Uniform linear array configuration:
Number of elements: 32
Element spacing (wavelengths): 1
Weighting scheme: hann
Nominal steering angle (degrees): -45
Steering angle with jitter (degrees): -43.934
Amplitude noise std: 0.05
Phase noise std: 0.05

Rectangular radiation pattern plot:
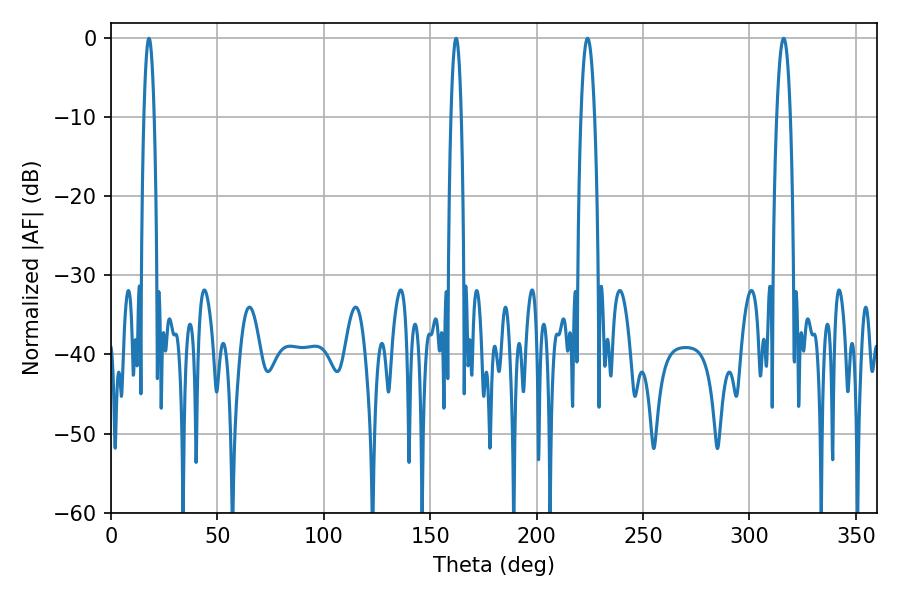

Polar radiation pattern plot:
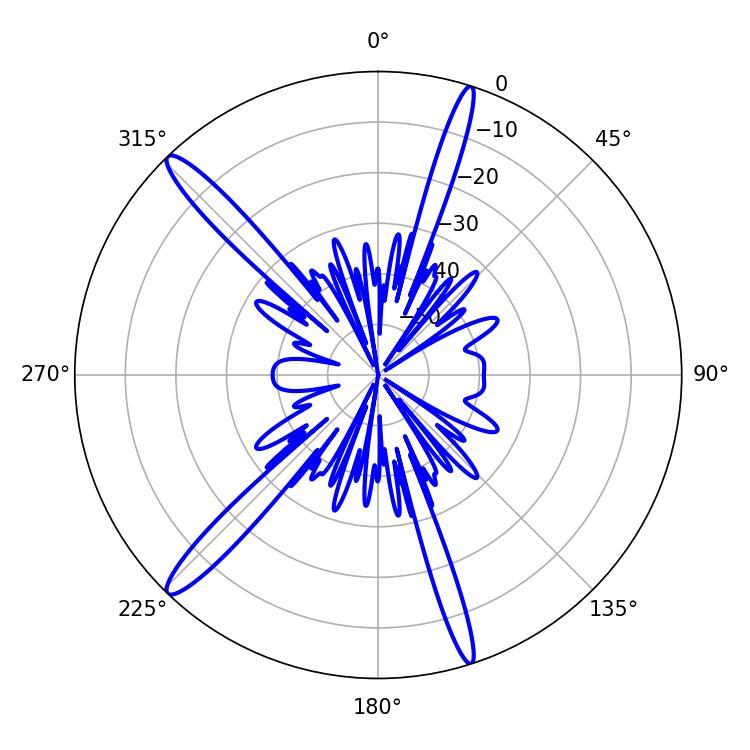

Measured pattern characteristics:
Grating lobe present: TRUE
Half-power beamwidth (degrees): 3.6
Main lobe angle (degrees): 316.08